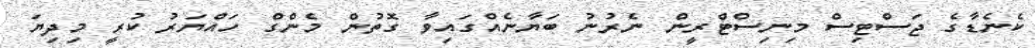
ކެނެޑާގެ ޖަސްޓިސް މިނިސްޓްރީން ނެރުނު ބަޔާނެއްގައިވާ ގޮތުން މެންގް ހައްޔަރު ކުރީ މިދިޔަ